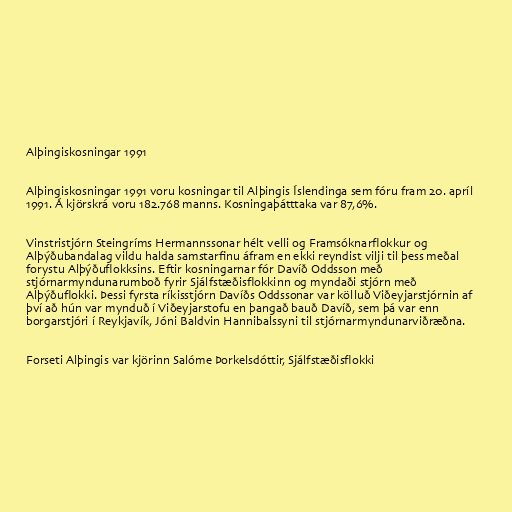
Alþingiskosningar 1991

Alþingiskosningar 1991 voru kosningar til Alþingis Íslendinga sem fóru fram 20. apríl
1991. Á kjörskrá voru 182.768 manns. Kosningaþátttaka var 87,6%.

Vinstristjórn Steingríms Hermannssonar hélt velli og Framsóknarflokkur og
Alþýðubandalag vildu halda samstarfinu áfram en ekki reyndist vilji til þess meðal
forystu Alþýðuflokksins. Eftir kosningarnar fór Davíð Oddsson með
stjórnarmyndunarumboð fyrir Sjálfstæðisflokkinn og myndaði stjórn með
Alþýðuflokki. Þessi fyrsta ríkisstjórn Davíðs Oddssonar var kölluð Viðeyjarstjórnin af
því að hún var mynduð í Viðeyjarstofu en þangað bauð Davíð, sem þá var enn
borgarstjóri í Reykjavík, Jóni Baldvin Hannibalssyni til stjórnarmyndunarviðræðna.

Forseti Alþingis var kjörinn Salóme Þorkelsdóttir, Sjálfstæðisflokki